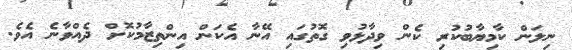
ނިލަން ކާމިޔާބުކުރި ކެން ވިދާޅުވި ގޮތުގައި އޭނާ އެކަން އިންތިޒާމުކޮށް ދެއްވާނެ އެވެ.